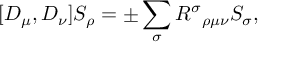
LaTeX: [ D _ { \mu } , D _ { \nu } ] S _ { \rho } = \pm \sum _ { \sigma } R ^ { \sigma } { } _ { \rho \mu \nu } S _ { \sigma } ,